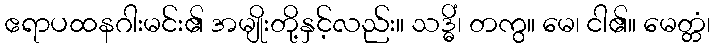
ဧရာပထနဂါးမင်း၏ အမျိုးတို့နှင့်လည်း။ သဒ္ဓိံ၊ တကွ။ မေ၊ ငါ၏။ မေတ္တံ၊